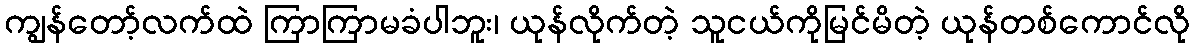
ကျွန်တော့်လက်ထဲ ကြာကြာမခံပါဘူး၊ ယုန်လိုက်တဲ့ သူငယ်ကိုမြင်မိတဲ့ ယုန်တစ်ကောင်လို